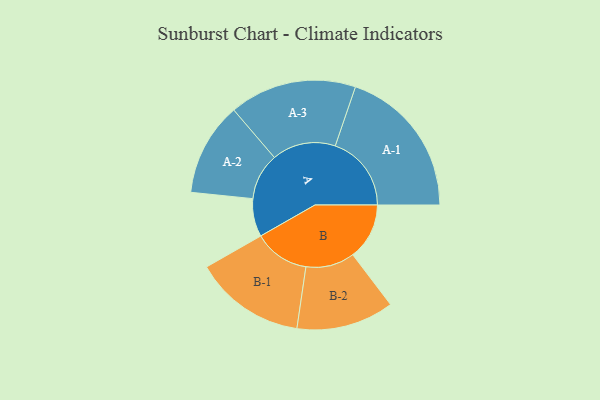
{"axis": {"x": "Segment", "y": "Value"}, "legend": ["", "A", "B"], "data": [{"x": "A", "y": 128, "type": ""}, {"x": "B", "y": 190, "type": ""}, {"x": "A-1", "y": 256, "type": "A"}, {"x": "A-2", "y": 157, "type": "A"}, {"x": "A-3", "y": 214, "type": "A"}, {"x": "B-1", "y": 187, "type": "B"}, {"x": "B-2", "y": 164, "type": "B"}]}